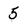
Character: 5